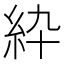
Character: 紣